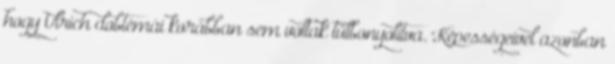
hogy Ulrich dobtémái korábban sem voltak túlbonyolítva. Képességeivel azonban